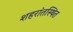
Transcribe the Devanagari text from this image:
शहरांतस्थित